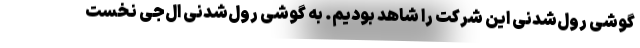
گوشی رول‌شدنی این شرکت را شاهد بودیم. به گوشی رول‌شدنی ال‌جی نخست